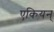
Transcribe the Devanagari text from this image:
एकियन्